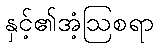
နှင့်၏အံ့ဩစရာ